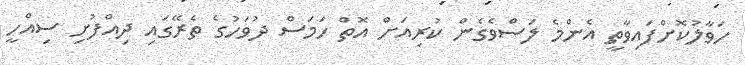
ހަވާލުކޮށްފައިވާތީ އެންމެ ލަސްވެގެން ކުރިއަށް އޮތް ހަމަސް ދުވަހުގެ ތެރޭގައި ދިއްފުށި ސިއްހީ